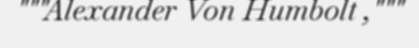
"""Alexander Von Humbolt ,"""